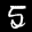
Label: 5